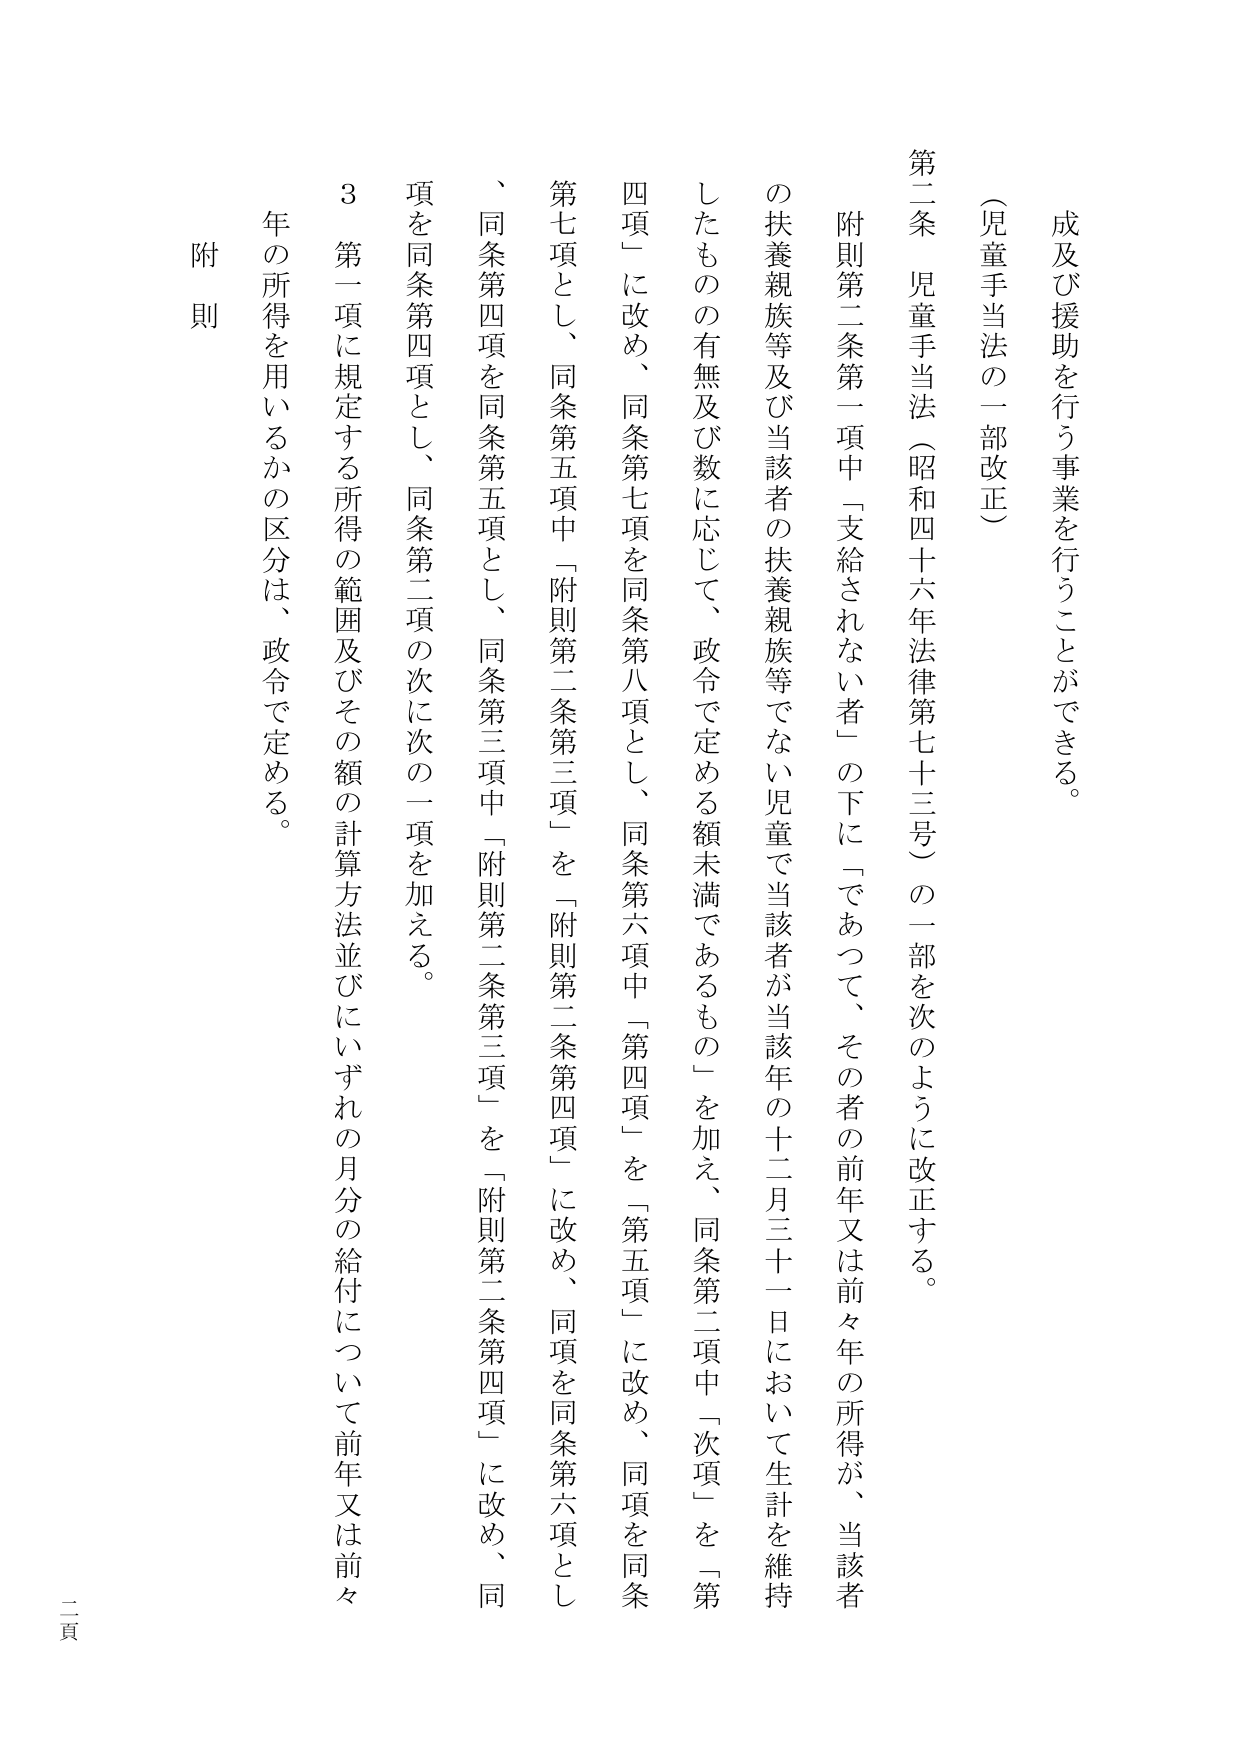
成及び援助を行う事業を行うことができる。

（児童手当法の一部改正）

第二条 児童手当法（昭和四十六年法律第七十三号）の一部を次のように改正する。

附則第二条第一項中「支給されない者」の下に「であつて、その者の前年又は前々年の所得が、当該者の扶養親族等及び当該者の扶養親族等でない児童で当該者が当該年の十二月三十一日において生計を維持したもの有無及び数に応じて、政令で定める額未満であるもの」を加え、同条第二項中「次項」を「第四項」に改め、同条第七項を同条第八項とし、同条第六項中「第四項」を「第五項」に改め、同項を同条第七項とし、同条第五項中「附則第二条第三項」を「附則第二条第四項」に改め、同項を同条第六項とし、同条第四項を同条第五項とし、同条第三項中「附則第二条第三項」を「附則第二条第四項」に改め、同項を同条第四項とし、同条第二項の次に次の一項を加える。

3 第一項に規定する所得の範囲及びその額の計算方法並びにいずれの月分の給付について前年又は前々年の所得を用いるかの区分は、政令で定める。

附則

二頁